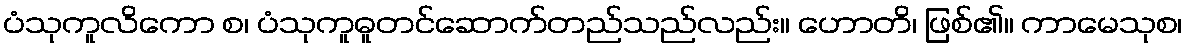
ပံသုကူလိကော စ၊ ပံသုကူဓူတင်ဆောက်တည်သည်လည်း။ ဟောတိ၊ ဖြစ်၏။ ကာမေသုစ၊